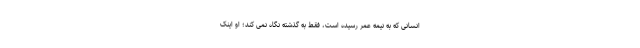
انسانی که به نیمه عمر رسیده است، فقط به گذشته نگاه نمی کند؛ او اینک